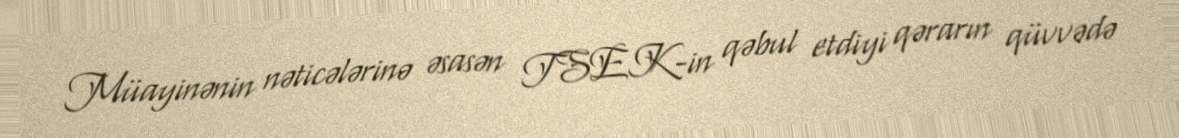
Müayinənin nəticələrinə əsasən TSEK-in qəbul etdiyi qərarın qüvvədə